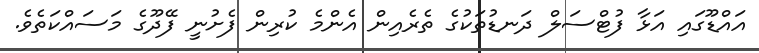
އައްޑޫގައި އަޅާ ފުޓްސަލް ދަނޑުތަކުގެ ތެރެއިން އެންމެ ކުރިން ފެށުނީ ފޭދޫގެ މަސައްކަތެވެ.